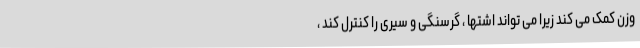
وزن کمک می کند زیرا می تواند اشتها ، گرسنگی و سیری را کنترل کند ،